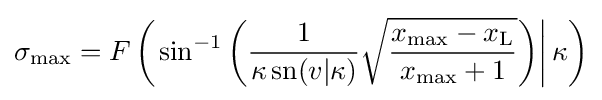
\sigma _{\text{max}}=F\left(\left.\sin ^{-1}\left({\dfrac {1}{\kappa \operatorname {sn} (v|\kappa )}}{\sqrt {\dfrac {x_{\text{max}}-x_{\mathrm {L} }}{x_{\text{max}}+1}}}\right)\right|\kappa \right)